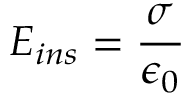
E _ { i n s } = \frac { \sigma } { \epsilon _ { 0 } }